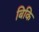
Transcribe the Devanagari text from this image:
बिकि